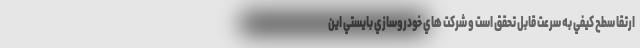
ارتقا سطح كيفي به سرعت قابل تحقق است و شركت هاي خودروسازي بايستي اين